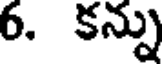
6. కన్ను